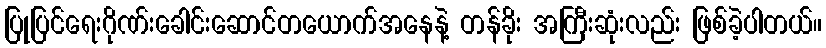
ပြုပြင်ရေးဂိုဏ်းခေါင်းဆောင်တယောက်အနေနဲ့ တန်ခိုး အကြီးဆုံးလည်း ဖြစ်ခဲ့ပါတယ်။